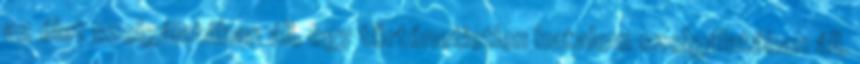
az élet szolgálatában áll, egy történetietlen hatalom szolgálatában áll,